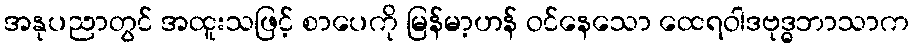
အနုပညာတွင် အထူးသဖြင့် စာပေကို မြန်မာ့ဟန် ဝင်နေသော ထေရဝါဒဗုဒ္ဓဘာသာက